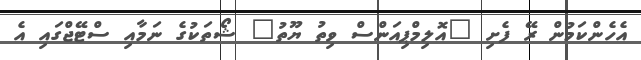
އެހެންކަމުން ރޭ ފެށި "އޮލިމްޕިއަންސް ވިތު ޔޫތު" ޝޯތަކުގެ ނަމާއި ސްޓޭޖްގައި އެ